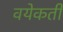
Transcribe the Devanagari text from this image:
वयेकती